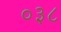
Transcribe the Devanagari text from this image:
०३८